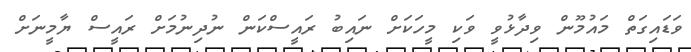
ވަޑައިގަތް މައުމޫން ވިދާޅުވީ ވަކި މީހަކަށް ނައިބު ރައީސްކަން ނުދިނުމަށް ރައީސް ޔާމީނަށް